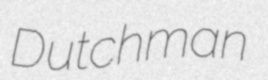
Dutchman